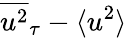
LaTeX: \overline{{u^{2}}}_{\tau}-\langle u^{2}\rangle